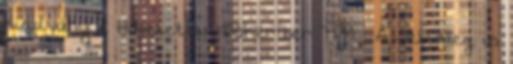
kiadvány 2 Hihetetlen Pókember TPB , A Jelenleg is